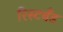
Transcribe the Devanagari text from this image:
रिस्टबँड